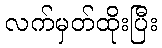
လက်မှတ်ထိုးပြီး